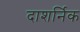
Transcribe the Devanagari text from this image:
दाशर्निक